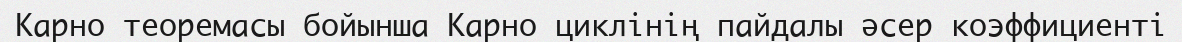
Карно теоремасы бойынша Карно циклінің пайдалы әсер коэффициенті